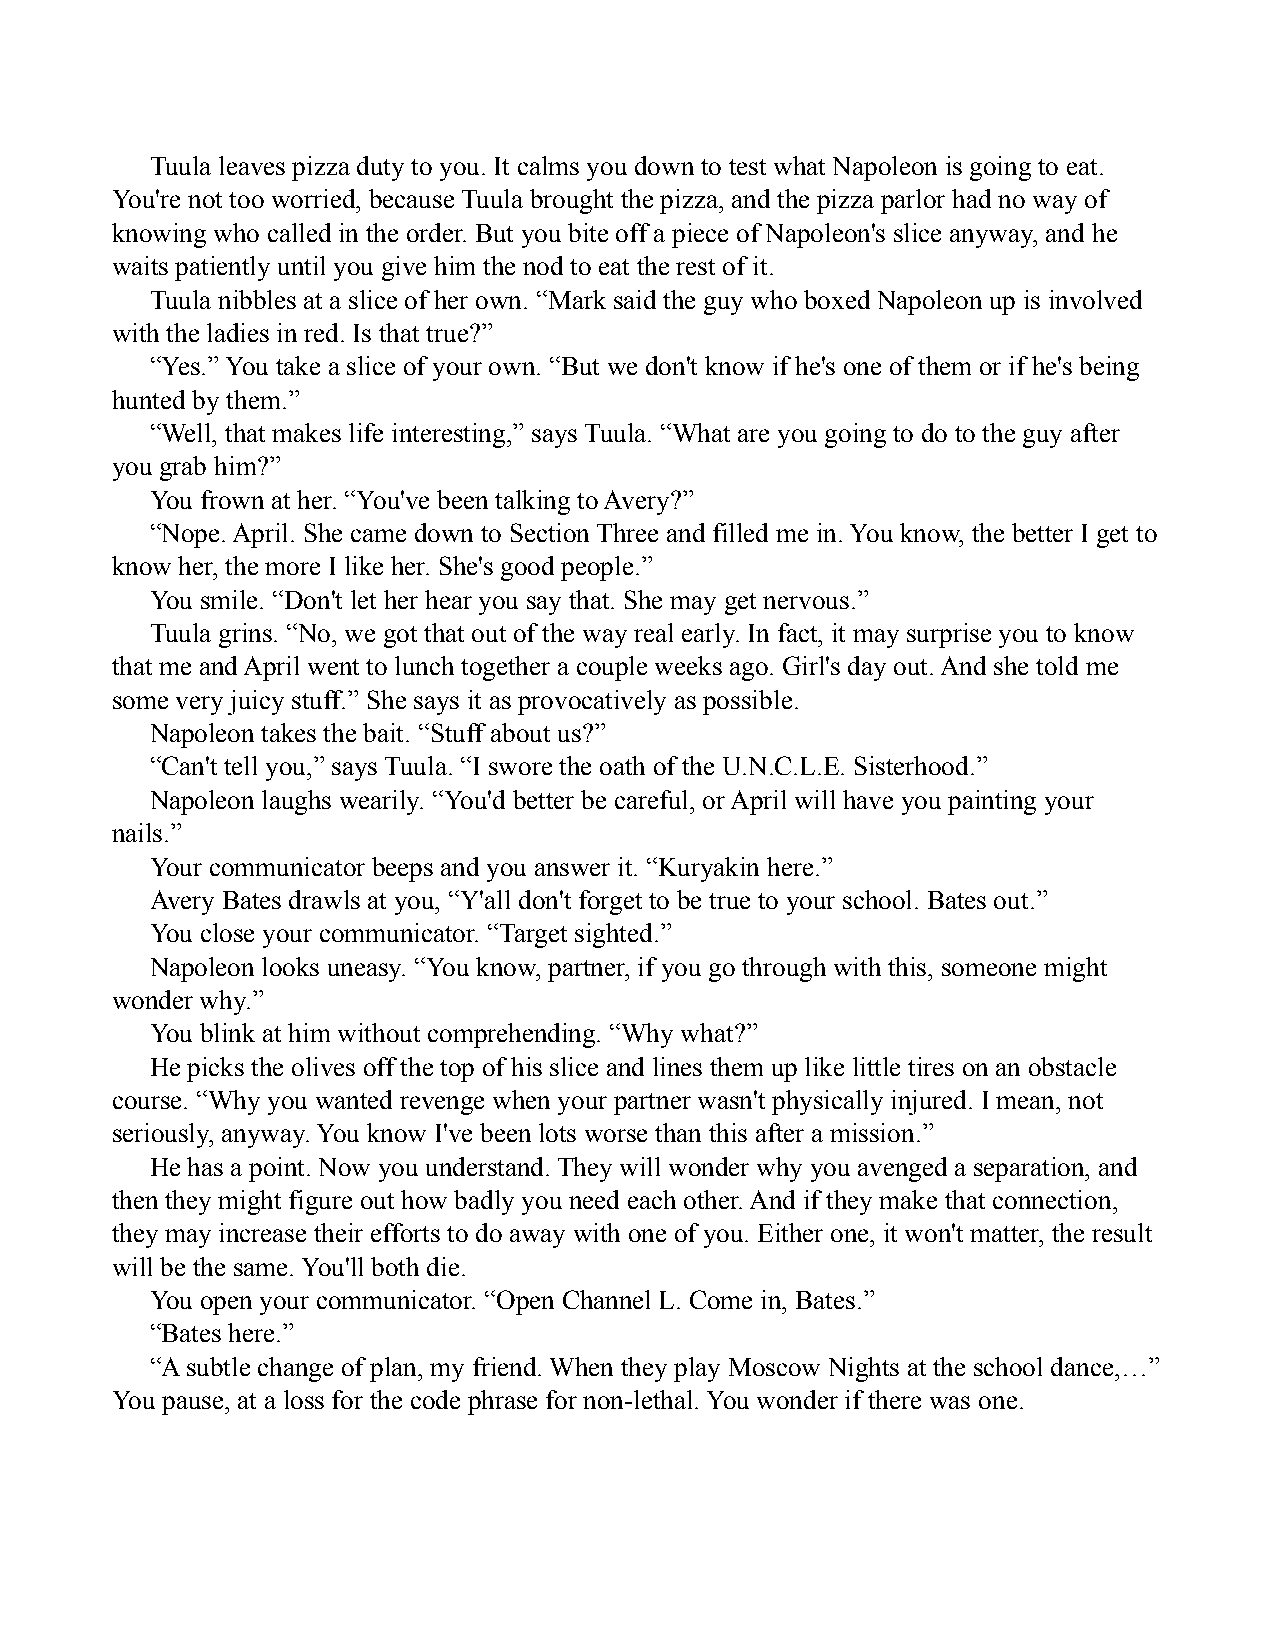
Tuula leaves pizza duty to you. It calms you down to test what Napoleon is going to eat.
 You're not too worried, because Tuula brought the pizza, and the pizza parlor had no way of
 knowing who called in the order. But you bite off a piece of Napoleon's slice anyway, and he
 waits patiently until you give him the nod to eat the rest of it.
 Tuula nibbles at a slice of her own. “Mark said the guy who boxed Napoleon up is involved
 with the ladies in red. Is that true?”
 “Yes.” You take a slice of your own. “But we don't know if he's one of them or if he's being
 hunted by them.”
 “Well, that makes life interesting,” says Tuula. “What are you going to do to the guy after
 you grab him?”
 You frown at her. “You've been talking to Avery?”
 “Nope. April. She came down to Section Three and filled me in. You know, the better I get to
 know her, the more I like her. She's good people.”
 You smile. “Don't let her hear you say that. She may get nervous.”
 Tuula grins. “No, we got that out of the way real early. In fact, it may surprise you to know
 that me and April went to lunch together a couple weeks ago. Girl's day out. And she told me
 some very juicy stuff.” She says it as provocatively as possible.
 Napoleon takes the bait. “Stuff about us?”
 “Can't tell you,” says Tuula. “I swore the oath of the U.N.C.L.E. Sisterhood.”
 Napoleon laughs wearily. “You'd better be careful, or April will have you painting your
 nails.”
 Your communicator beeps and you answer it. “Kuryakin here.”
 Avery Bates drawls at you, “Y'all don't forget to be true to your school. Bates out.”
 You close your communicator. “Target sighted.”
 Napoleon looks uneasy. “You know, partner, if you go through with this, someone might
 wonder why.”
 You blink at him without comprehending. “Why what?”
 He picks the olives off the top of his slice and lines them up like little tires on an obstacle
 course. “Why you wanted revenge when your partner wasn't physically injured. I mean, not
 seriously, anyway. You know I've been lots worse than this after a mission.”
 He has a point. Now you understand. They will wonder why you avenged a separation, and
 then they might figure out how badly you need each other. And if they make that connection,
 they may increase their efforts to do away with one of you. Either one, it won't matter, the result
 will be the same. You'll both die.
 You open your communicator. “Open Channel L. Come in, Bates.”
 “Bates here.”
 “A subtle change of plan, my friend. When they play Moscow Nights at the school dance,…”
 You pause, at a loss for the code phrase for non-lethal. You wonder if there was one.